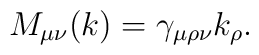
M_{\mu \nu }(k)=\gamma _{\mu \rho \nu }k_{\rho }.